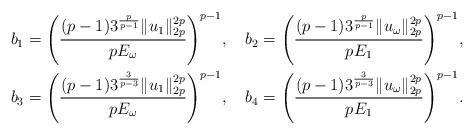
LaTeX: \begin{align*}&b_{1}=\Bigg(\frac{(p-1)3^{\frac{p}{p-1}}\|u_{1}\|_{2p}^{2p}}{pE_{\omega}}\Bigg)^{p-1},\ \ \ b_{2}=\Bigg(\frac{(p-1)3^{\frac{p}{p-1}}\|u_{\omega}\|_{2p}^{2p}}{pE_{1}}\Bigg)^{p-1},\\&b_{3}=\Bigg(\frac{(p-1)3^{\frac{3}{p-3}}\|u_{1}\|_{2p}^{2p}}{pE_{\omega}}\Bigg)^{p-1},\ \ \ b_{4}=\Bigg(\frac{(p-1)3^{\frac{3}{p-3}}\|u_{\omega}\|_{2p}^{2p}}{pE_{1}}\Bigg)^{p-1}.\end{align*}